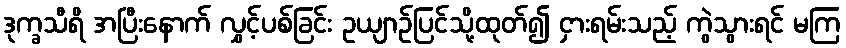
ဒုက္ခသီရိ အပြီးနောက် လွှင့်ပစ်ခြင်း ဥယျာဉ်ပြင်သို့ထုတ်၍ ငှားရမ်းသည့် ကွဲသွားရင် မကြ